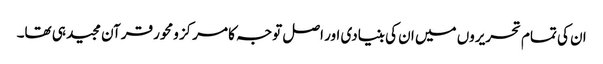
ان کی تمام تحریروں میں ان کی بنیادی اور اصل توجہ کا مرکز ومحور قرآن مجید ہی تھا۔